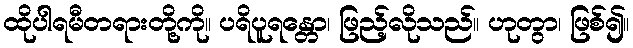
ထိုပါရမီတရားတို့ကို။ ပရိပူရန္တော၊ ဖြည့်လိုသည်။ ဟုတွာ၊ ဖြစ်၍။